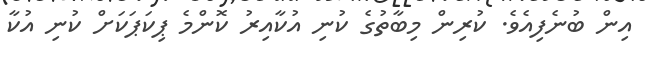
އިން ބުނެފިއެވެ. ކުރިން މިބާތުގެ ކުނި އުކާއިރު ކޮންމެ ޕިކަޕަކަށް ކުނި އުކާ